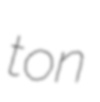
ton